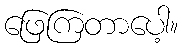
ဖြေကြတာပေါ့။